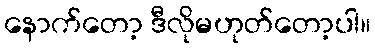
နောက်တော့ ဒီလိုမဟုတ်တော့ပါ။